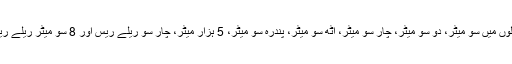
اتھلیٹکس مقابلوں میں سو میٹر، دو سو میٹر، چار سو میٹر، اٹھ سو میٹر، پندرہ سو میٹر، 5 ہزار میٹر، چار سو ریلے ریس اور 8 سو میٹر ریلے ریس شامل ہیں۔